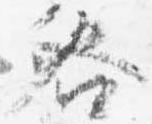
咎